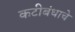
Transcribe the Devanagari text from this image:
कटीबंधाचे